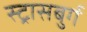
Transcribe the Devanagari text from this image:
स्ट्रासबुर्ग